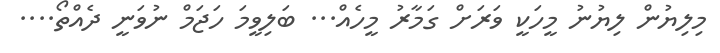
މިލިޔުން ލިޔުނު މީހަކީ ވަރަށް ގަމާރު މީހެއް... ބަލިވީމަ ހަޖަމް ނުވަނީ ދެއްތޯ....